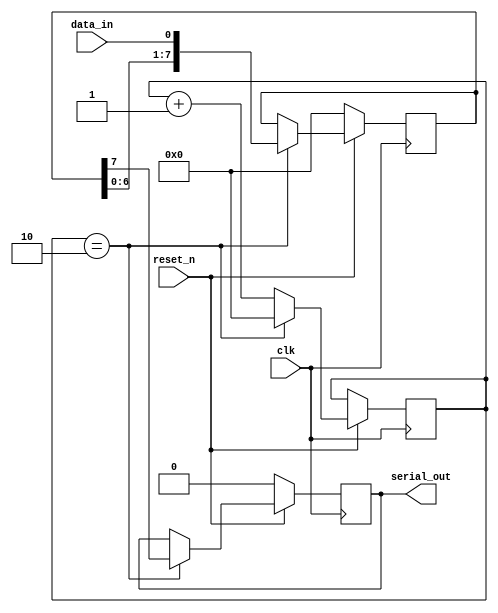

module serial_transmitter(
    input wire clk,             // Clock input
    input wire reset_n,         // Reset input (active low)
    input wire data_in,         // Serial data input
    output reg serial_out       // Serial data output
);

// Internal counter for clock division
reg [7:0] counter = 8'd0;

// Clock division parameter (adjust according to desired baud rate)
parameter DIVIDER = 4'd3;

// Output register for serial data
reg [7:0] shift_reg = 8'd0;

// Shift register control
always @(posedge clk) begin
    if (!reset_n)
        shift_reg <= 8'd0;
    else if (counter == DIVIDER - 1) begin
        shift_reg <= {shift_reg[6:0], data_in};
    end
end

// Serial output generation
always @(posedge clk) begin
    if (!reset_n)
        serial_out <= 1'b0;
    else if (counter == DIVIDER - 1) begin
        serial_out <= shift_reg[7];
        counter <= 8'd0;
    end else begin
        counter <= counter + 1;
    end
end

endmodule